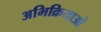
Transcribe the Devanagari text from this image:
अभिक्रियाओ